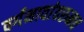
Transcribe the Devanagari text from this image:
वर्गनावांवरुनच